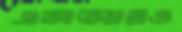
এসআরও